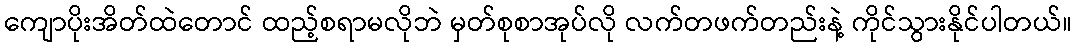
ကျောပိုးအိတ်ထဲတောင် ထည့်စရာမလိုဘဲ မှတ်စုစာအုပ်လို လက်တဖက်တည်းနဲ့ ကိုင်သွားနိုင်ပါတယ်။